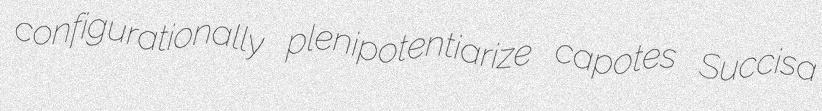
configurationally plenipotentiarize capotes Succisa